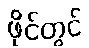
ဖိုင်တွင်